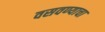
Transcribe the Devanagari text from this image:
वसवण्याचा